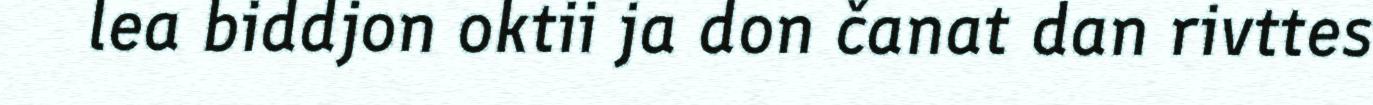
lea biddjon oktii ja don čanat dan rivttes